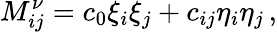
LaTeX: M_{ij}^{\nu}=c_{0}\xi_{i}\xi_{j}+c_{ij}\eta_{i}\eta_{j}\, ,